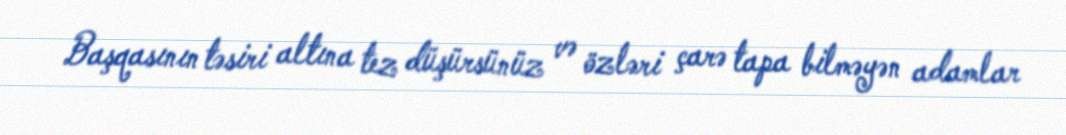
Başqasının təsiri altına tez düşürsünüz və özləri çarə tapa bilməyən adamlar